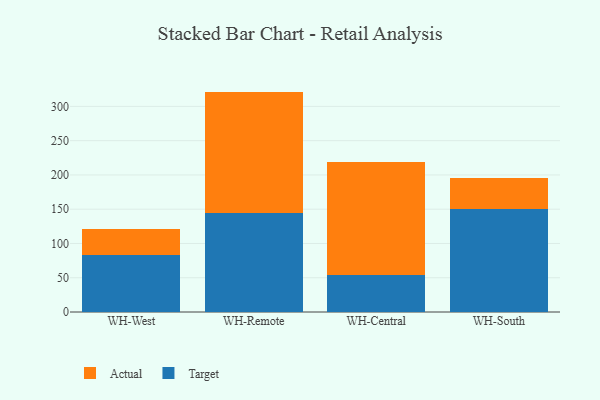
{"axis": {"x": "Warehouse", "y": "Humidity (%)"}, "legend": ["Actual", "Target"], "data": [{"x": "WH-West", "y": 82.9, "type": "Target"}, {"x": "WH-West", "y": 38.9, "type": "Actual"}, {"x": "WH-Remote", "y": 144.3, "type": "Target"}, {"x": "WH-Remote", "y": 177.3, "type": "Actual"}, {"x": "WH-Central", "y": 53.9, "type": "Target"}, {"x": "WH-Central", "y": 165.1, "type": "Actual"}, {"x": "WH-South", "y": 150.4, "type": "Target"}, {"x": "WH-South", "y": 44.9, "type": "Actual"}]}